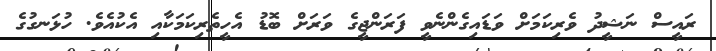
ރައީސް ނަޝީދު ވެރިކަމަށް ވަޑައިގެންނެވީ ފަރަންޖީގެ ވަރަށް ބޮޑު އެހީތެރިކަމަކާއި އެކުއެވެ. ހުޅަނގުގެ